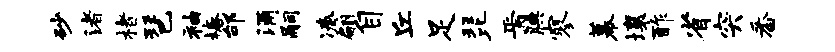
砂渚楮琶袖椿邰涌嗣凑翩自丘足琵焉腆寥幕壤酢省突番